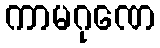
ကာမဂုဏေ